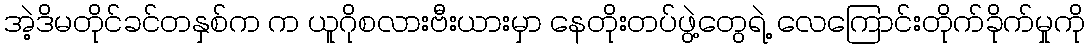
အဲ့ဒိမတိုင်ခင်တနှစ်က က ယူဂိုစလားဗီးယားမှာ နေတိုးတပ်ဖွဲ့တွေရဲ့ လေကြောင်းတိုက်ခိုက်မှုကို